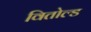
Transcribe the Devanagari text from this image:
वितोल्ड